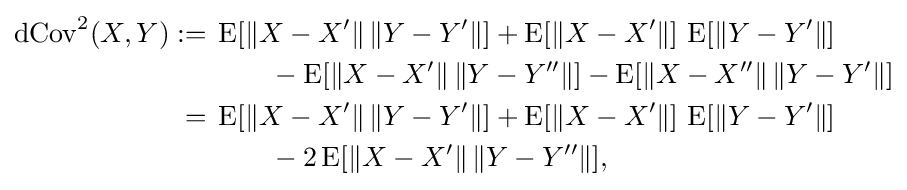
{\begin{aligned}\operatorname {dCov} ^{2}(X,Y):={}&\operatorname {E} [\|X-X'\|\,\|Y-Y'\|]+\operatorname {E} [\|X-X'\|]\,\operatorname {E} [\|Y-Y'\|]\\&\qquad {}-\operatorname {E} [\|X-X'\|\,\|Y-Y''\|]-\operatorname {E} [\|X-X''\|\,\|Y-Y'\|]\\={}&\operatorname {E} [\|X-X'\|\,\|Y-Y'\|]+\operatorname {E} [\|X-X'\|]\,\operatorname {E} [\|Y-Y'\|]\\&\qquad {}-2\operatorname {E} [\|X-X'\|\,\|Y-Y''\|],\end{aligned}}